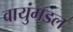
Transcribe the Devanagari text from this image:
वायुंमडल